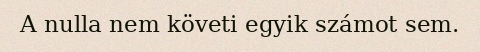
A nulla nem követi egyik számot sem.